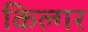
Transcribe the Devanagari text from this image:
किल्‍गर